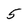
Character: 5